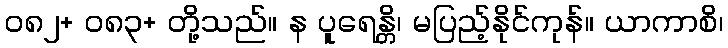
၀၈၂+ ၀၈၃+ တို့သည်။ န ပူရေန္တိ၊ မပြည့်နိုင်ကုန်။ ယာကာစိ၊